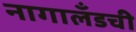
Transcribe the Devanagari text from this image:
नागालँडची